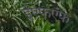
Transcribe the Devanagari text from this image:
ईएफएफ